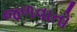
જળવાતો